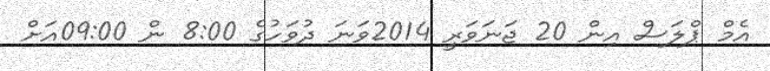
އެމް ޕްލަސް އިން 20 ޖަނަވަރީ 2014ވަނަ ދުވަހުގެ 8:00 ން 09:00އަށް